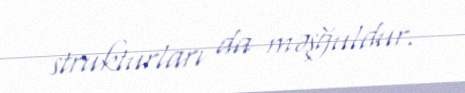
strukturları da məşğuldur.